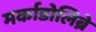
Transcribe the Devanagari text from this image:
मर्काडोलिब्रे